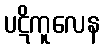
ပဋိကူလေန